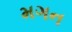
મગન